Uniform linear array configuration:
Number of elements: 4
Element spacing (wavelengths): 0.75
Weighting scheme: exponential
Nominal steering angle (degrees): -15
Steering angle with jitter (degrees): -15.253
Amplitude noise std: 0.05
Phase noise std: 0.05

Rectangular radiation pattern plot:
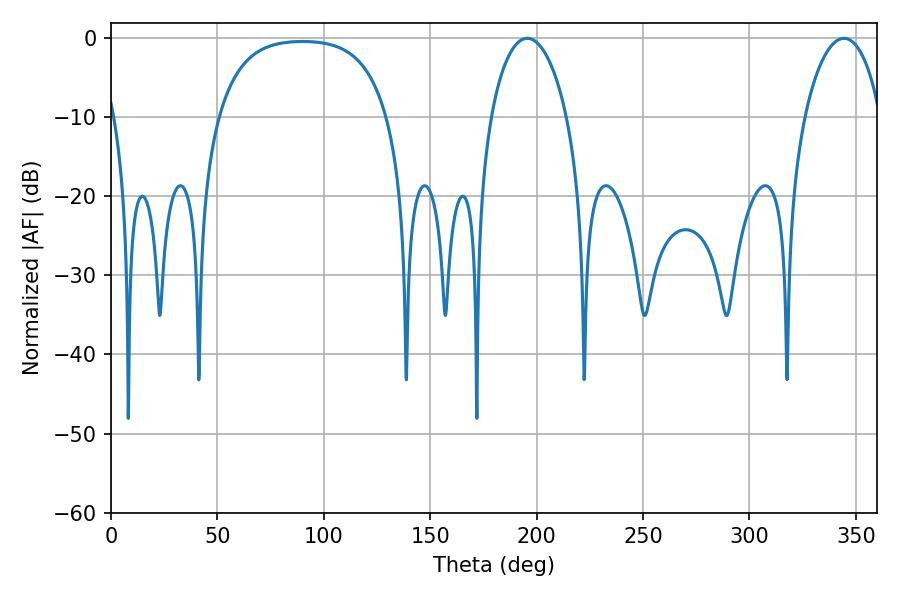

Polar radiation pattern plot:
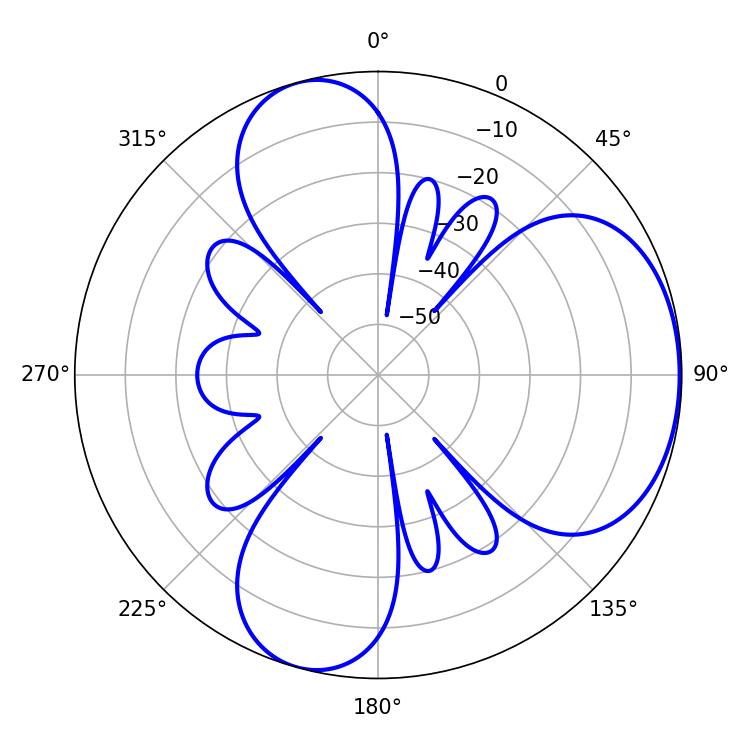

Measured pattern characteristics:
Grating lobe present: TRUE
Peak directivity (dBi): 5.091
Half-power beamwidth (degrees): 20.52
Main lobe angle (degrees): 195.66